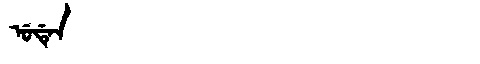
Manchu: ᡠᡩᡝᠨ
Romanization: UDEN